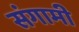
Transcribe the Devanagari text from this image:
संगामी